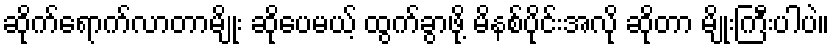
ဆိုက်ရောက်လာတာမျိုး ဆိုပေမယ့် ထွက်ခွာဖို့ မိနစ်ပိုင်းအလို ဆိုတာ မျိုးကြီးပါပဲ။